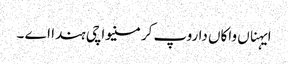
ایہناں واکاں دا روپ کرمنیواچی ہندا اے ۔